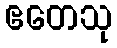
ဧတေသု